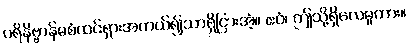
ပရိနိဗ္ဗာန်မစံထင်ရှားအကယ်၍သာရှိငြားအံ့။ ဧဝံ၊ ဤသို့ရှိလေမူကား။